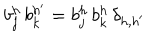
b _ { j } ^ { h } \, b _ { k } ^ { h ^ { \prime } } = b _ { j } ^ { h } \, b _ { k } ^ { h } \, \delta _ { h , h ^ { \prime } }